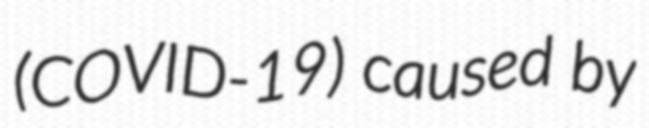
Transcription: (COVID‑19) caused by